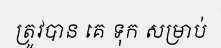
ត្រូវបាន គេ ទុក សម្រាប់